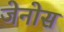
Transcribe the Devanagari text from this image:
जेनोस